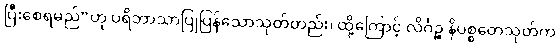
ပြီးစေရမည်”ဟု ပရိဘာသာပြုပြန်သောသုတ်တည်း၊ ထို့ကြောင့် လိင်္ဂဉ္စ နိပစ္စတေသုတ်က